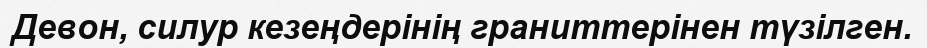
Девон, силур кезеңдерінің граниттерінен түзілген.